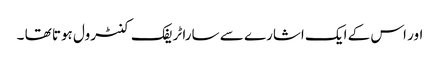
اور اس کے ایک اشارے سے سارا ٹریفک کنٹرول ہوتا تھا ۔